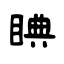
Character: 睓